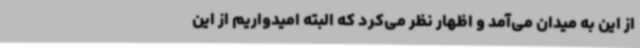
از این به میدان می‌آمد و اظهار نظر می‌کرد که البته امیدواریم از این